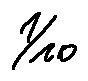
\frac { 1 } { 1 0 }